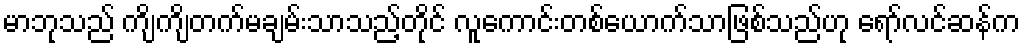
မာဘုသည် ကျိကျိတက်မချမ်းသာသည့်တိုင် လူကောင်းတစ်ယောက်သာဖြစ်သည်ဟု ရော်လင်ဆန်က